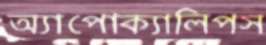
অ্যাপোক্যালিপস